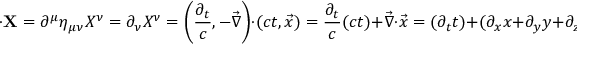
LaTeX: \mathbf { \partial } \cdot \mathbf { X } = \partial ^ { \mu } \eta _ { \mu \nu } X ^ { \nu } = \partial _ { \nu } X ^ { \nu } = \left( { \frac { \partial _ { t } } { c } } , - { \vec { \nabla } } \right) \cdot ( c t , { \vec { x } } ) = { \frac { \partial _ { t } } { c } } ( c t ) + { \vec { \nabla } } \cdot { \vec { x } } = ( \partial _ { t } t ) + ( \partial _ { x } x + \partial _ { y } y + \partial _ { z } z ) = ( 1 ) + ( 3 ) = 4